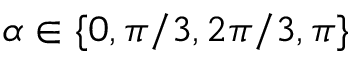
\alpha \in \{ 0 , \pi / 3 , 2 \pi / 3 , \pi \}